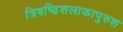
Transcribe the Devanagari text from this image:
त्रिषष्ढिशलाकापुरुश